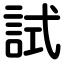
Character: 試